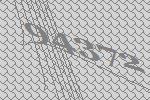
94372